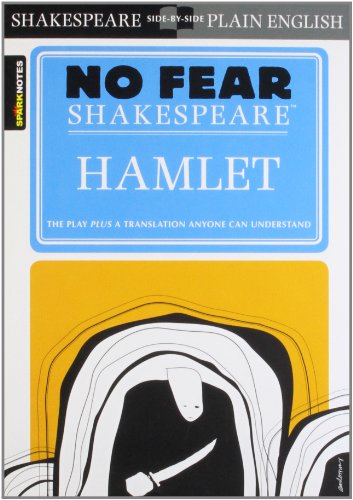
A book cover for Hamlet (No Fear Shakespeare); William Shakespeare; Literature & Fiction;